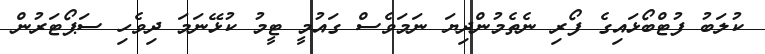
ކުލަބު ފުޓްބޯޅައިގެ ފޯރި ނެތެމުންދިޔަ ނަމަވެސް ގައުމީ ޓީމު ކުޅޭނަމަ ދިވެހި ސަޕޯޓަރުން